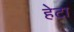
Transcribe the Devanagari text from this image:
हेटा